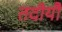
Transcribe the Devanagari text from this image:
तदीयौ